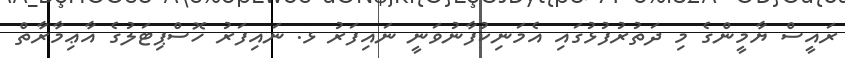
ރައީސް ޔާމީންގެ މި ދަތުރުފުޅުގައި އެމަނިކުފާނުވަނީ ނައިފަރު ޅ. ނައިފަރު ހޮސްޕިޓަލުގެ އާޢިމާރާތް